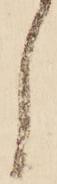
し